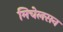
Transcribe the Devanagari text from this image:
मिचेलसन